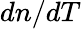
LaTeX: dn/dT